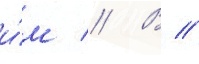
и́м // В //